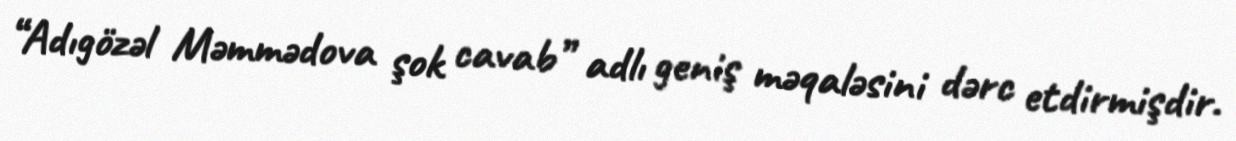
“Adıgözəl Məmmədova şok cavab” adlı geniş məqaləsini dərc etdirmişdir.